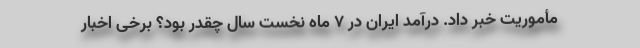
مأموریت خبر داد. درآمد ایران در 7 ماه نخست سال چقدر بود؟ برخی اخبار